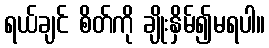
ရယ်ချင် စိတ်ကို ချိုးနှိမ်၍မရပါ။